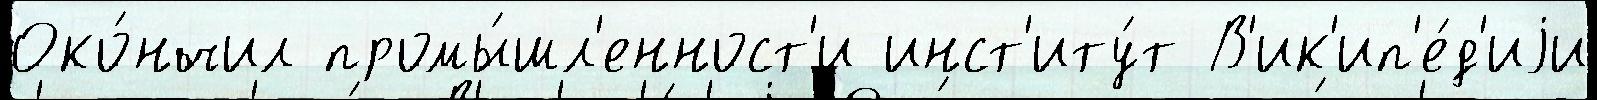
Око́нчил промы́шл'енност'и инст'иту́т В'ик'ип'е́д'иjи